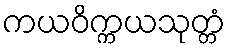
ကယဝိက္ကယသုတ္တံ